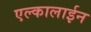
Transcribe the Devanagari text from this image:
एल्कालाईन